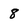
Character: 8